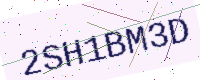
Text: 2SH1BM3D